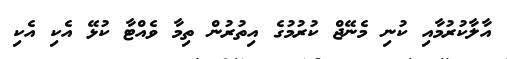
އާލާކުރުމާއި ކުނި މެނޭޖް ކުރުމުގެ އިތުރުން ތިމާ ވެއްޓާ ކުޅޭ އެކި އެކި